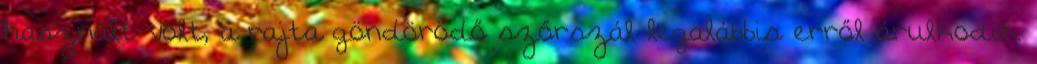
használt volt, a rajta göndörödő szőrszál legalábbis erről árulkodik.